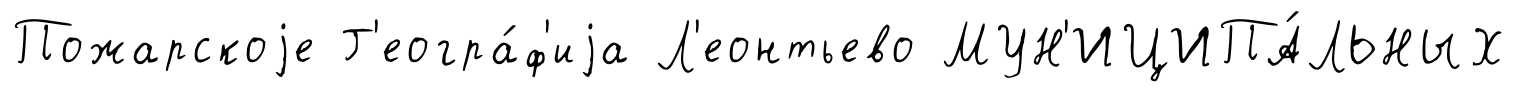
Пожарскоjе Г'еогра́ф'иjа Л'еонтьево МУН'ИЦИПА́ЛЬНЫХ